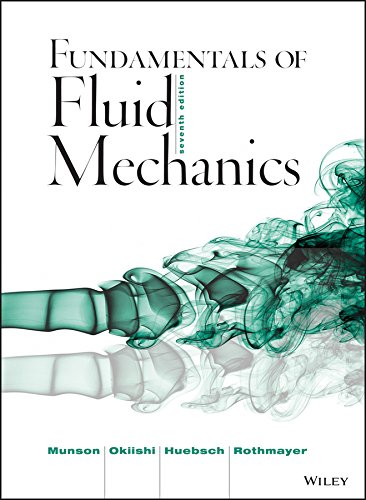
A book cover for Fundamentals of Fluid Mechanics; Bruce R. Munson; Engineering & Transportation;